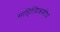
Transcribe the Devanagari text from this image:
साहित्यिकशोध